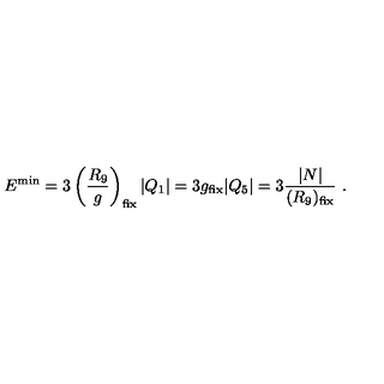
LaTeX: E ^ { \mathrm { m i n } } = 3 \left( { \frac { R _ { 9 } } { g } } \right) _ { \mathrm { f i x } } | Q _ { 1 } | = 3 g _ { \mathrm { f i x } } | Q _ { 5 } | = 3 { \frac { | N | } { ( R _ { 9 } ) _ { \mathrm { f i x } } } } \ .